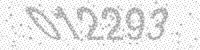
Solution: 012293